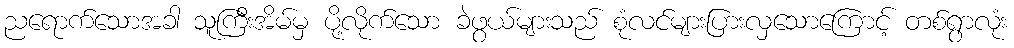
ညရောက်သောအခါ သူကြီးအိမ်မှ ပို့လိုက်သော ခဲဖွယ်များသည် စုံလင်များပြားလှသောကြောင့် တစ်ရွာလုံး